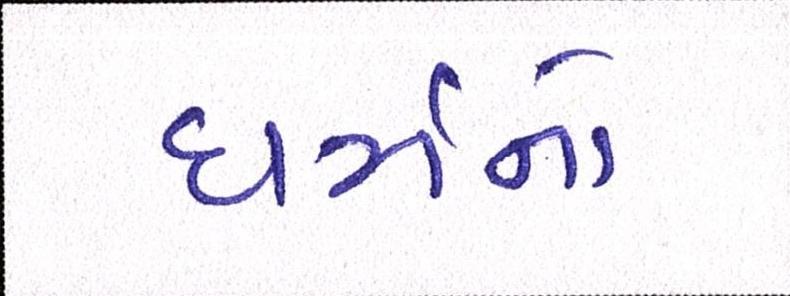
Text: ધર્મનો